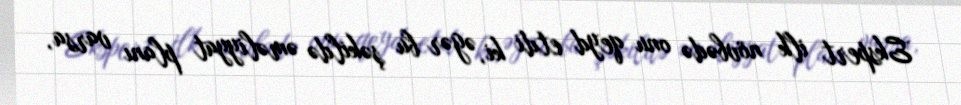
Ekspert ilk növbədə onu qeyd etdi ki, əgər bu şəkildə əməliyyat planı varsa,